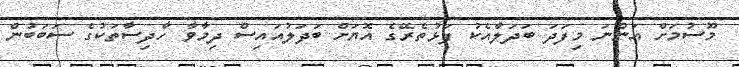
މޫސުމަށް އަންނަ މިފަދަ ބަދަލާއެކު ފަޅުތެރޭގެ އޮޔަށް ބަދަލުއައިސް ދިމާވާ ހާދިސާތަކުގެ ސަބަބުން